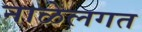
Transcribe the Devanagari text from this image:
नाळेलगत